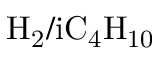
\mathrm { H _ { 2 } / i C _ { 4 } H _ { 1 0 } }